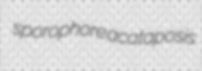
sporophore acataposis